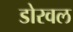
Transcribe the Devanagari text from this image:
डोरवल